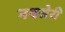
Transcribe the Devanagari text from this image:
नवसेरी